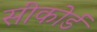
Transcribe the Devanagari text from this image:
सीकोर्ड